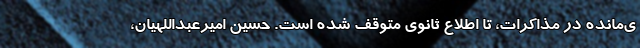
ی‌مانده در مذاکرات، تا اطلاع ثانوی متوقف شده است. حسین امیرعبداللهیان،